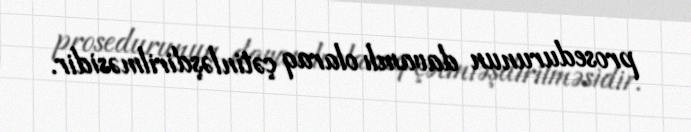
prosedurunun davamlı olaraq çətinləşdirilməsidir.